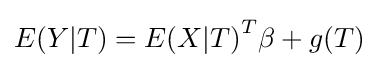
E(Y|T)={E(X|T)}^{T}\beta +g(T)